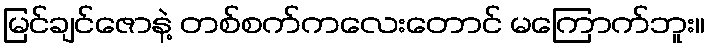
မြင်ချင်ဇောနဲ့ တစ်စက်ကလေးတောင် မကြောက်ဘူး။